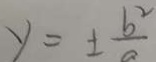
y = \pm \frac { b ^ { 2 } } { a }